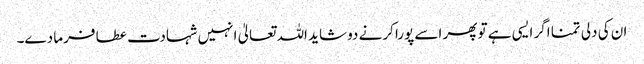
ان کی دلی تمنا اگر ایسی ہے تو پھر اسے پورا کرنے دو شاید اللہ تعالیٰ انہیں شہادت عطا فرما دے۔